Black-water fever - Number 35
Disease focus: Fever
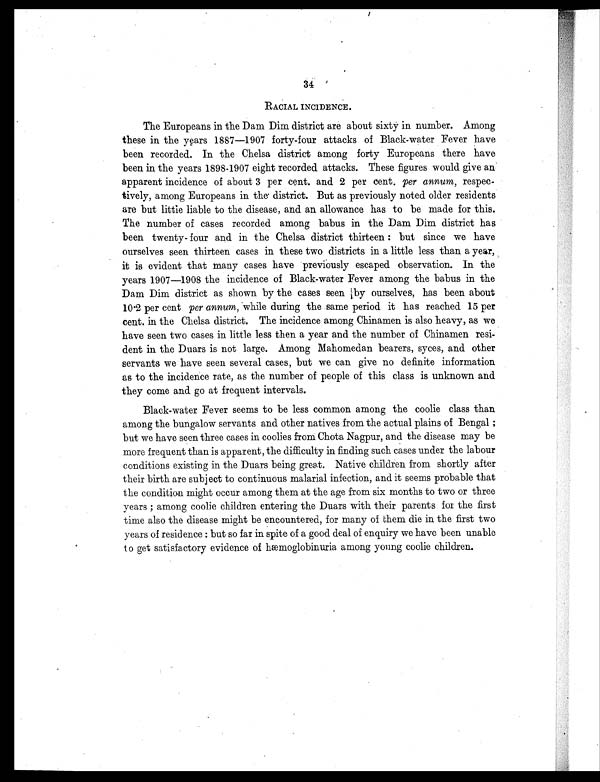
34
RACIAL INCIDENCE.
The Europeans in the Dam Dim district are about sixty in number. Among
these in the years 1887—1907 forty-four attacks of Black-water Fever have
been recorded. In the Chelsa district among forty Europeans there have
been in the years 1898-1907 eight recorded attacks. These figures would give an
apparent incidence of about 3 per cent. and 2 per cent, per annum, respec-
tively, among Europeans in the district. But as previously noted older residents
are but little liable to the disease, and an allowance has to be made for this.
The number of cases recorded among babus in the Dam Dim district has
been twenty-four and in the Chelsa district thirteen: but since we have
ourselves seen thirteen cases in these two districts in a little less than a year,
it is evident that many cases have previously escaped observation. In the
years 1907-1908 the incidence of Black-water Fever among the babus in the
Dam Dim district as shown by the cases seen by ourselves, has been about
10.2 per cent per annum , while during the same period it has reached 15 per
cent. in the Chelsa district. The incidence among Chinamen is also heavy, as we
have seen two cases in little less then a year and the number of Chinamen resi-
dent in the Duars is not large. Among Mahomedan bearers, syces, and other
servants we have seen several cases, but we can give no definite information
as to the incidence rate, as the number of people of this class is unknown and
they come and go at frequent intervals.
Black-water Fever seems to be less common among the coolie class than
among the bungalow servants and other natives from the actual plains of Bengal;
but we have seen three cases in coolies from Chota Nagpur, and the disease may be
more frequent than is apparent, the difficulty in finding such cases under the labour
conditions existing in the Duars being great. Native children from shortly after
their birth are subject to continuous malarial infection, and it seems probable that
the condition might occur among them at the age from six months to two or three
years; among coolie children entering the Duars with their parents for the first
time also the disease might be encountered, for many of them die in the first two
years of residence: but so far in spite of a good deal of enquiry we have been unable
to get satisfactory evidence of hæmoglobinuria among young coolie children.